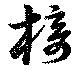
椅